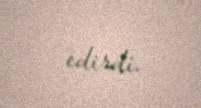
edirdi.